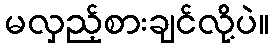
မလှည့်စားချင်လို့ပဲ။